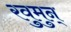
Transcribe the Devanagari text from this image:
रवुुमुन्